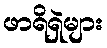
ဖာရိရှဲများ